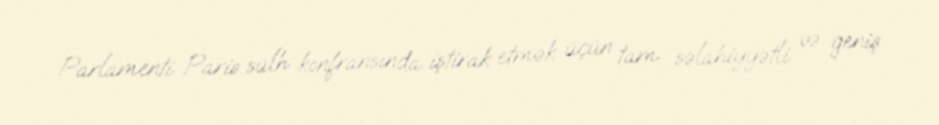
Parlamenti Paris sülh konfransında iştirak etmək üçün tam səlahiyyətli və geniş